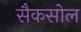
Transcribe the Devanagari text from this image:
सैकसोल